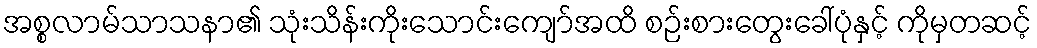
အစ္စလာမ်သာသနာ၏ သုံးသိန်းကိုးသောင်းကျော်အထိ စဉ်းစားတွေးခေါ်ပုံနှင့် ကိုမှတဆင့်